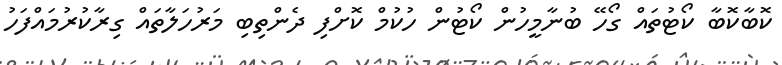
ކޮބާކޮބާ ކޯޓުތައް ގޯހޭ ބުނާމީހުން ކޯޓުން ހުކުމް ކޮށްފި ދެންތިބި މަރުހަލާތައް ގިރާކުރުމައްފަހު